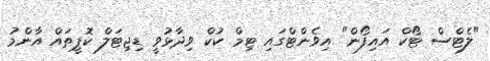
"ލެޓްސް ޓޯކް އައިފޯން" އިވެންޓްގައި ޓިމް ކުކް ވިދާޅުވީ ޑިޖިޓަލް ކޮޕީތައް އާންމު